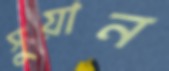
সুয়ান